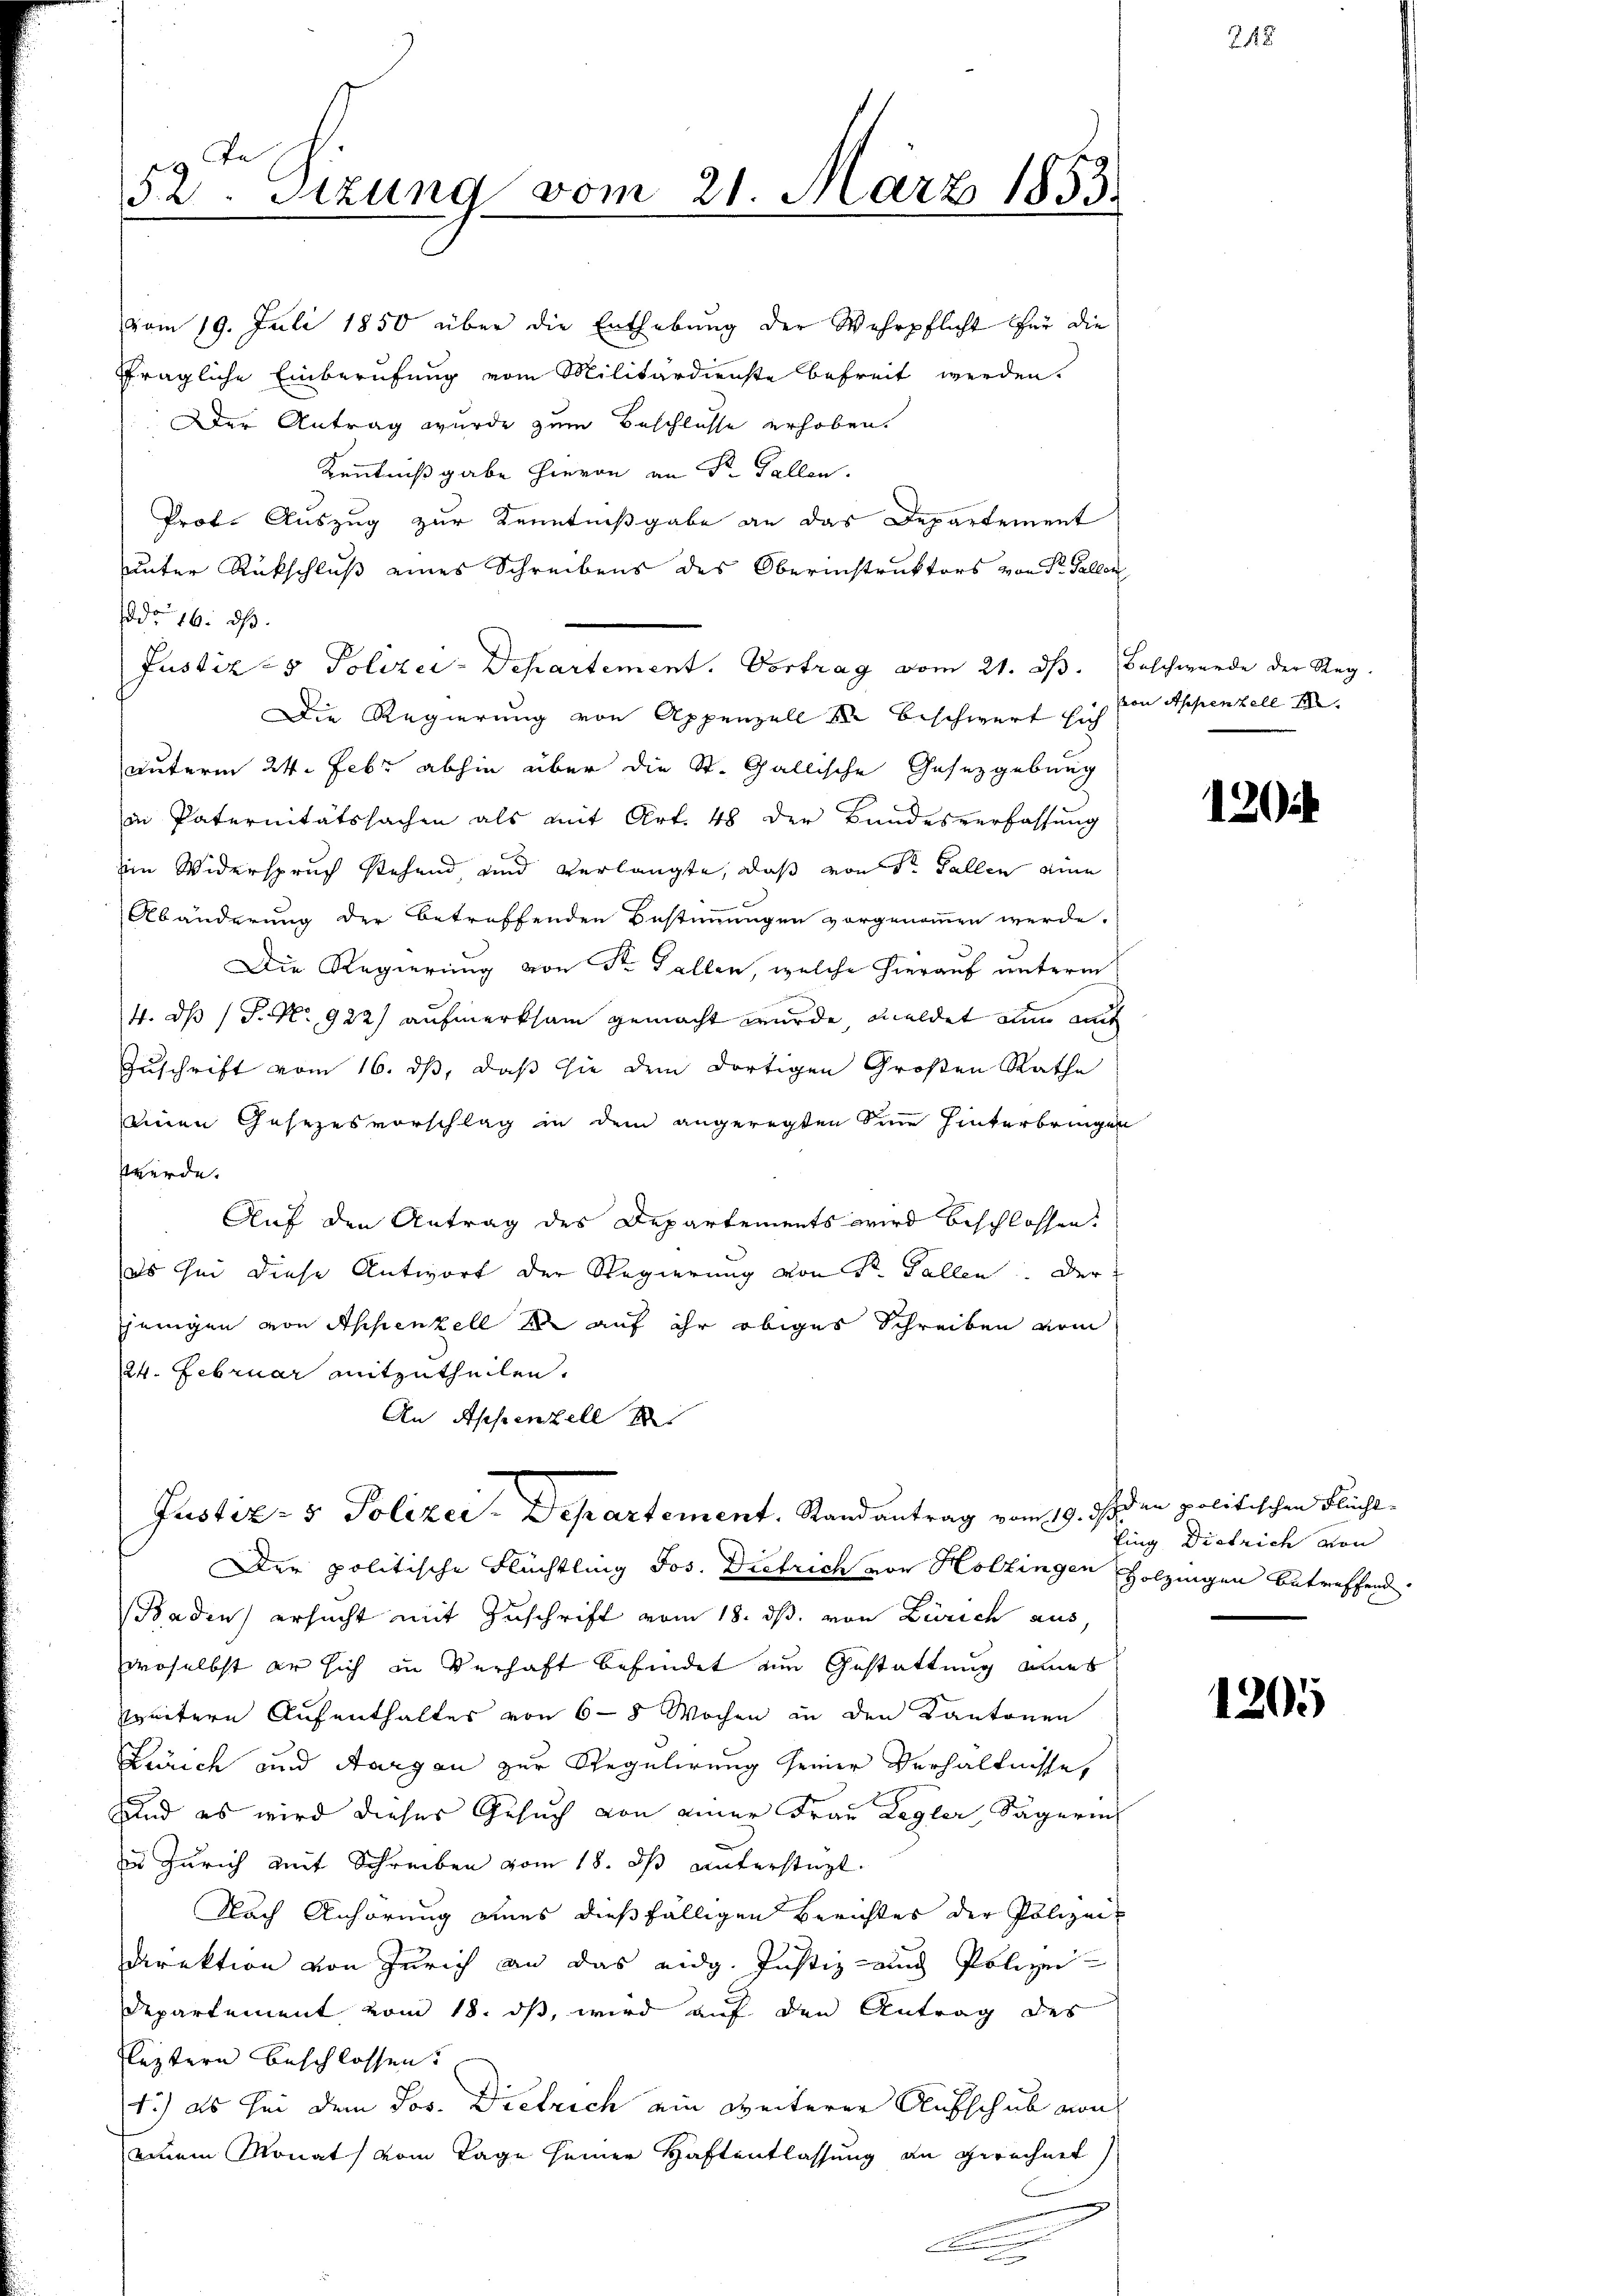
vom 19. Juli 1850 über die Enthebung der Wehrpflicht für die
fragliche Einberufung vom Militärdienste befreit werden.
Der Antrag wurde zum Beschlüsse erhoben.
Kenntnißgabe hievon an Sr. Fallen.
Prof. Auszug zur Kenntnißgabe an das Departement
unter Rückschluß eines Schreibens des Oberinstruktors von Dr. Fallen
ddo 16. ds.
Justiz- & Polizei-Departement. Vortrag vom 21. ds. Beschwerde der Reg.
Die Regierung von Appenzell S. beschwert sich von Appenzell I
unterm 24. Febr abhin über die St. Gallische Gesetzgebung
in Paternitätssachen als mit Art. 48 der Bundesverfassung
im Widerspruch stehend und verlangte, daß von Sr. Fallen eine
Abänderung der betreffenden Bestimmungen vorgenommen werde.
Die Regierung von Sr. Gallen, welche hierauf unterm
4. ds / P. No 922) aufmerksam gemacht wurde meldet nun auch
Zuschrift vom 16. ds, daß sie dem dortigen Großen Rathe
einen Gesezesvorschlag in dem angeregten Sinn hinterbringen
werde.
Auf den Antrag des Departements wird beschlossen.
as sei diese Antwort der Regierung von Sr. Fallen. Der
sjenigen von Appenzell er auf ihr obiges Schreiben vom
124. Februar mitzutheilen.
An Appenzell

Te
52. Sitzung vom 21. März 1855.

Justiz- & Polizei-Departement. Randantrag vom 19. ds.

Der politische Flüchtling Jos. Dietrich von Holzingen Holzingen betreffend.
Baden ersucht mit Zuschrift vom 18. ds. von Zürich aus,
droselbst er sich in Verhaft befindet am Gestattung eines
treitere Aufenthaltes von 6 - 8 Wochen in den Kantonen
Zürich und Aargau zur Regulirung seiner Verhältnisse,
Und es wird dieses Gesuch von einer Frau Lagler, Sägerin
u Zürich mit Schreiben vom 18. ds unterstüzt.
Nach Anhörung eines dießfälligen Berichtes der Polizei¬
Direktion von Zürich an das eidg. Justiz- und Polizei
Departement vom 18. ds, wird auf den Antrag des
leztern beschlossen.
1.) als sei dem Jos. Dietrich ein weiterer Aufschub von
einem Monat vom Tage seiner Haftentlassung an gerechnet
x
.

120

Iden politischen Flücht- |
fing Districh von

1205